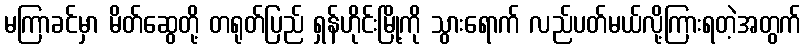
မကြာခင်မှာ မိတ်ဆွေတို့ တရုတ်ပြည် ရှန်ဟိုင်းမြို့ကို သွားရောက် လည်ပတ်မယ်လို့ကြားရတဲ့အတွက်